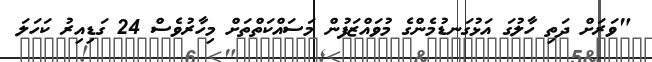
"ވަރަށް ދަތި ހާލުގަ އަޅުގަނޑުމެންގެ މުވައްޒަފުން މަސައްކަތްތަށް މިހާރުވެސް 24 ގަޑިއިރު ކަހަލަ